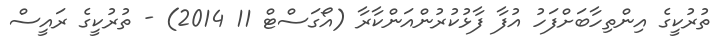
ތުރުކީގެ އިންތިހާބަށްފަހު އުފާ ފާޅުކުރުންއަންކާރާ (އޯގަސްޓް 11 2014) - ތުރުކީގެ ރައީސް